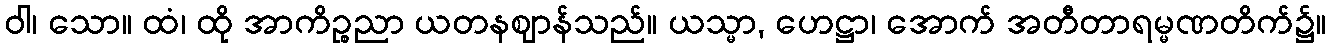
ဝါ၊ သော။ ထံ၊ ထို အာကိဉ္စညာ ယတနဈာန်သည်။ ယသ္မာ, ဟေဋ္ဌာ၊ အောက် အတီတာရမ္မဏတိက်၌။